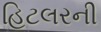
હિટલરની